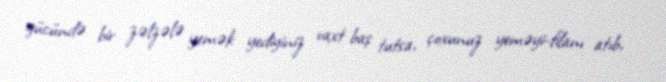
gücündə bir zəlzələ yemək yediyiniz vaxt baş tutsa, çoxunuz yeməyi-filanı atıb,